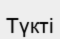
Түкті